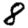
Digit: 8